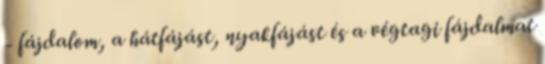
- fájdalom, a hátfájást, nyakfájást és a végtagi fájdalmat